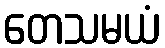
တေသမယံ